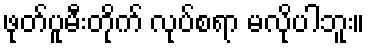
ဖုတ်ပူမီးတိုက် လုပ်စရာ မလိုပါဘူး။